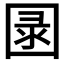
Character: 𱖂